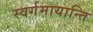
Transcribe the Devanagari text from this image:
स्वर्गमायान्ति